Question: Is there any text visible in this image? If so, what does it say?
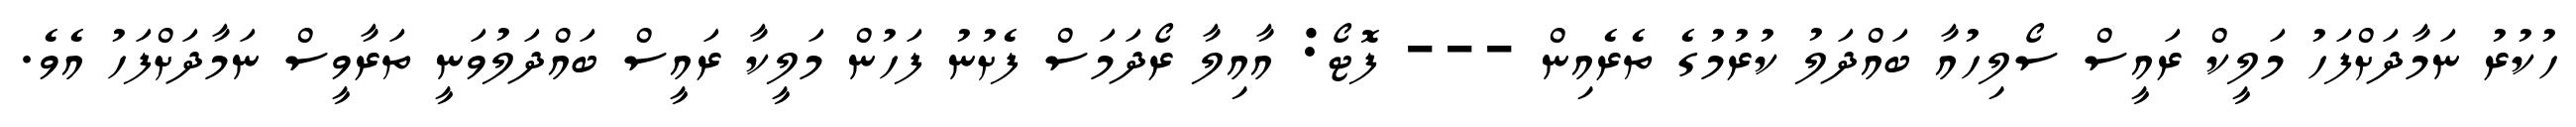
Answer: ހުކުރު ނަމާދަށްފަހު މަލީކް ރައީސް ސޯލިހުއާ ބައްދަލު ކުރުމުގެ ތެރެއިން --- ފޮޓޯ: އާއިލާ ރޯދަމަސް ފެށުނު ފަހުން މަލީކާ ރައީސް ބައްދަލުވަނީ ތަރާވީސް ނަމާދަށްފަހު އެވެ.